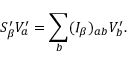
S _ { \beta } ^ { \prime } V _ { a } ^ { \prime } = \sum _ { b } ( I _ { \beta } ) _ { a b } V _ { b } ^ { \prime } .